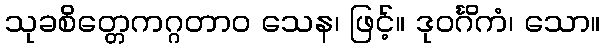
သုခစိတ္တေကဂ္ဂတာဝ သေန၊ ဖြင့်။ ဒုဝင်္ဂိကံ၊ သော။